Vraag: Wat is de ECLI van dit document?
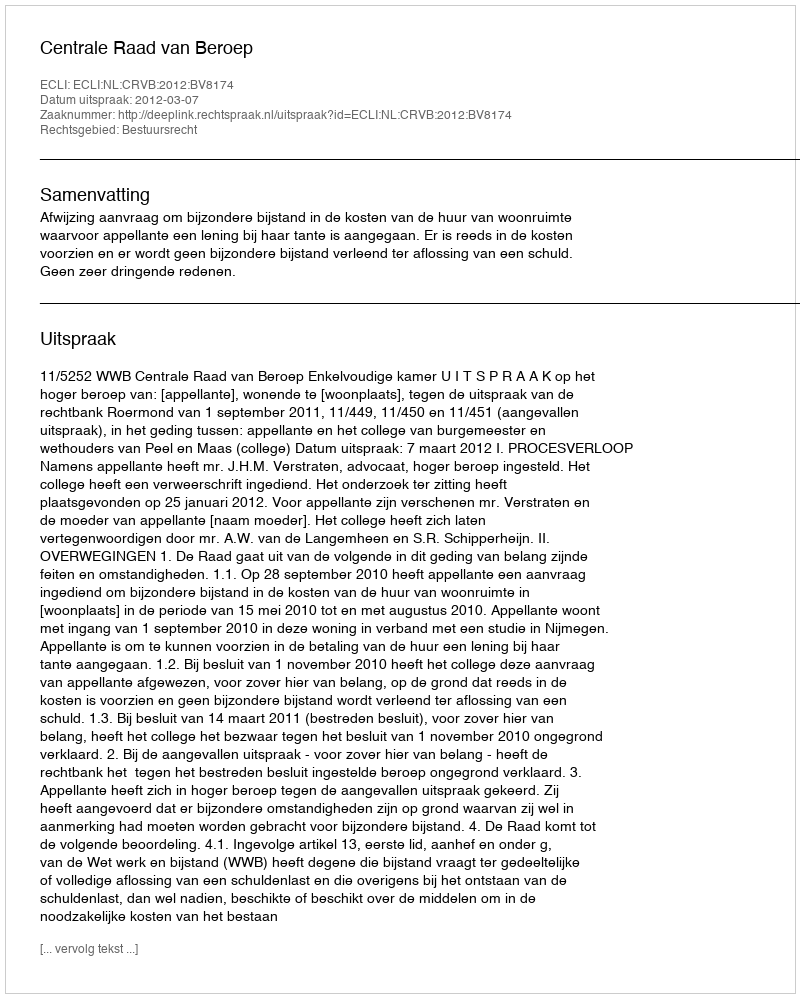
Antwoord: ECLI:NL:CRVB:2012:BV8174